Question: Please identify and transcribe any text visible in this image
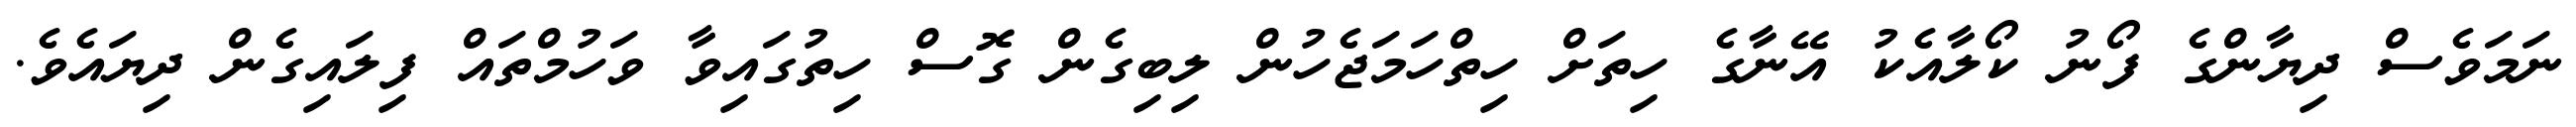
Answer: ނަމަވެސް ދިޔާންގެ ފޯނު ކޯލާއެކު އޭނާގެ ހިތަށް ހިތްހަމަޖެހުން ލިބިގެން ގޮސް ހިތުގައިވާ ވަހުމްތައް ފިލައިގެން ދިޔައެވެ.